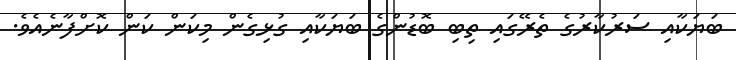
ބަޔަކާއި ސަރުކާރުގެ ތެރޭގައި ތިބި ބޮޑުންގެ ބަޔަކާއި ގުޅިގެން މިކަން ކަން ކޮށްފާނެއެވެ.